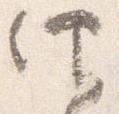
仰